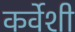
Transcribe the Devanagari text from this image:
कर्वेशी